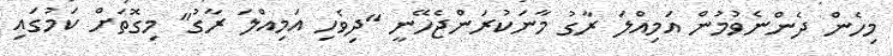
މިހެން ދެންނެވުމުން އަމިއްލަ ރާގު މާނަކުރަންޖެހޭނީ "ދިވެހި އަމިއްލަ ރާގު" މިގޮތަށް ކަމުގައި